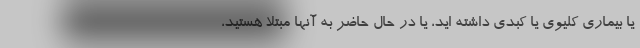
یا بیماری کلیوی یا کبدی داشته اید، یا در حال حاضر به آنها مبتلا هستید،